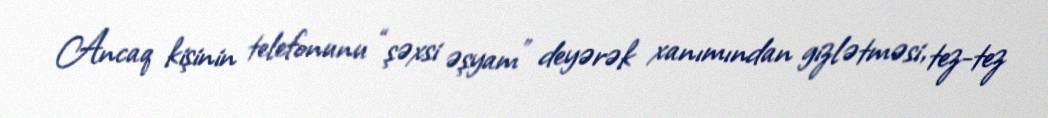
Ancaq kişinin telefonunu “şəxsi əşyam” deyərək xanımından gizlətməsi, tez-tez